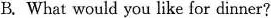
B.What would you like for dinner?